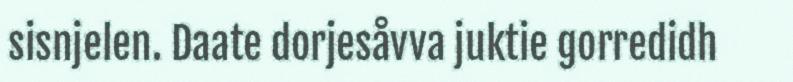
sisnjelen. Daate dorjesåvva juktie gorredidh